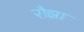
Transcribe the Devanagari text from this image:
रौझा